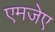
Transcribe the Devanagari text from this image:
एमजेए